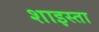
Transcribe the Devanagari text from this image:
शाइस्‍ता